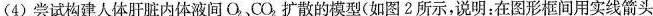
(4)尝试构建人体肝脏内体液间O_{2}、CO_{2}扩散的模型(如图2所示，说明:在图形框间用实线箭头